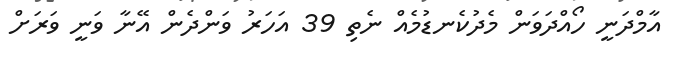
އާމްދަނީ ހޯއްދަވަން މެދުކެނޑުމެއް ނެތި 39 އަހަރު ވަންދެން އޭނާ ވަނީ ވަރަށް